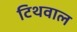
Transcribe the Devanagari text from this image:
टिथवाल